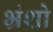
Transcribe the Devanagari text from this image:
भ्रंशो